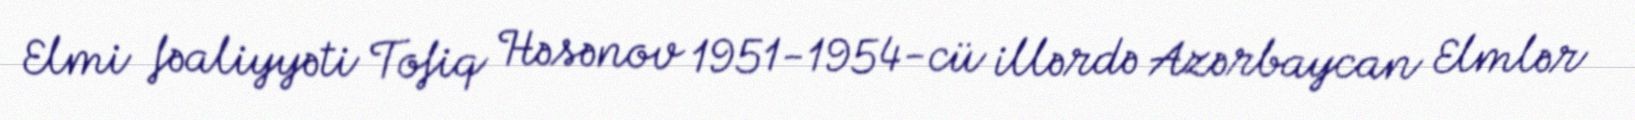
Elmi fəaliyyəti Tofiq Həsənov 1951-1954-cü illərdə Azərbaycan Elmlər